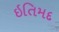
ઇતિમદ